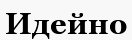
Идейно